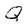
Character: Q